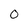
Character: 0